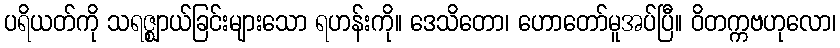
ပရိယတ်ကို သရဇ္ဈာယ်ခြင်းများသော ရဟန်းကို။ ဒေသိတော၊ ဟောတော်မူအပ်ပြီ။ ဝိတက္ကဗဟုလော၊